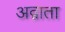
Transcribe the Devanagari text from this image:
अद्गाता